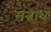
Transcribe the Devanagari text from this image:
मन्नाथः